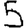
Digit: 5